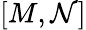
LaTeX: [M,\mathcal{N}]